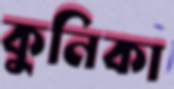
কুনিকা